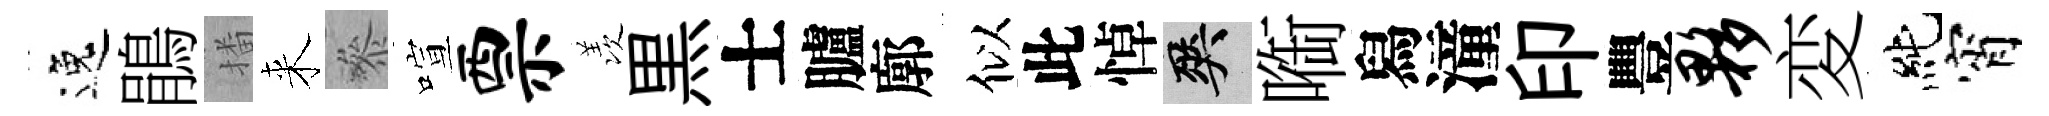
逸鵑播来叅喧票羡黒士臚廓似此悼爽㗸舄潼印豐夥変純宵